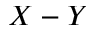
X - Y